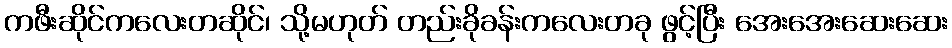
ကဖီးဆိုင်ကလေးတဆိုင်၊ သို့မဟုတ် တည်းခိုခန်းကလေးတခု ဖွင့်ပြီး အေးအေးဆေးဆေး